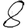
Digit: 8